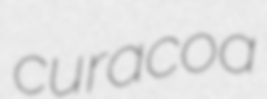
curacoa